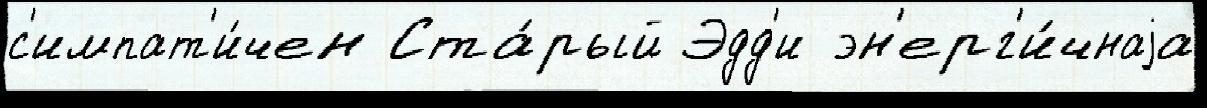
с'импат'и́чен Ста́рый Эдд'и эн'ерг'и́чнаjа